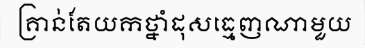
គ្រាន់តែយកថ្នាំដុសធ្មេញណាមួយ